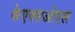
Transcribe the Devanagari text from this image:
केएक्सओएल